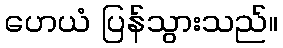
ဟေယံ ပြန်သွားသည်။